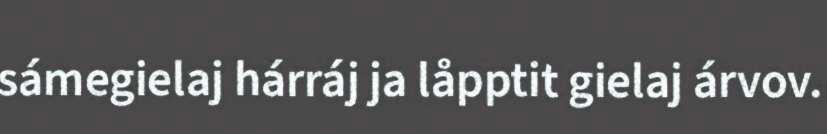
sámegielaj hárráj ja låpptit gielaj árvov.